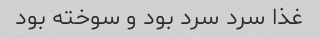
غذا سرد سرد بود و سوخته بود